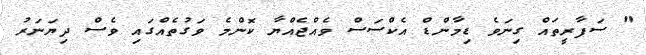
" ސަފާރީތައް ގިނަވެ ޑިމާންޑް އެކްސަސް ވެއްޖެއްޔާ ކޮންމެ ވަގުތެއްގައި ވެސް ދިޔަނަރު